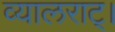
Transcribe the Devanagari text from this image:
व्यालराट्।